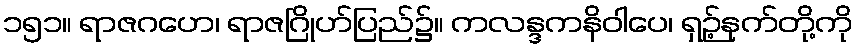
၁၅၁။ ရာဇဂဟေ၊ ရာဇဂြိုဟ်ပြည်၌။ ကလန္ဒကနိဝါပေ၊ ရှဉ့်နက်တို့ကို